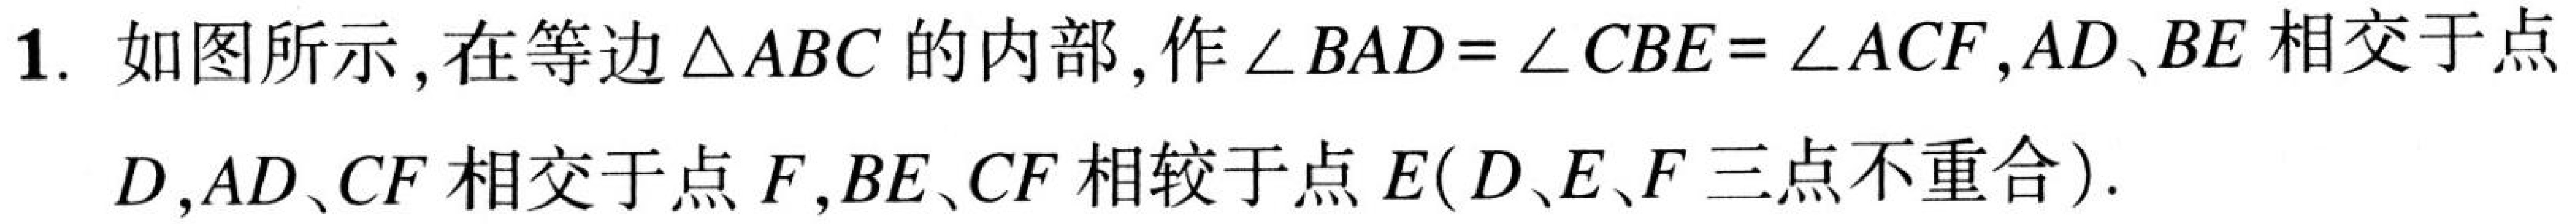
1. 如图所示，在等边\(\triangle ABC\)的内部，作\(\angle BAD=\angle CBE=\angle ACF\)，\(AD\)、\(BE\)相交于点
\(D\)，\(AD\)、\(CF\)相交于点\(F\)，\(BE\)、\(CF\)相较于点\(E(D、E、F\)三点不重合).